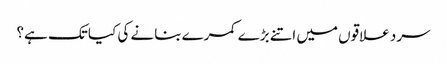
سرد علاقوں میں اتنے بڑے کمرے بنانے کی کیا تک ہے؟